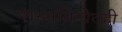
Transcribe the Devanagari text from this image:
शस्त्रक्रियेतही